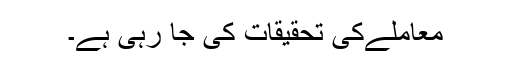
معاملےکی تحقیقات کی جا رہی ہے۔